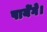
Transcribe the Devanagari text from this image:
पायेँगे।